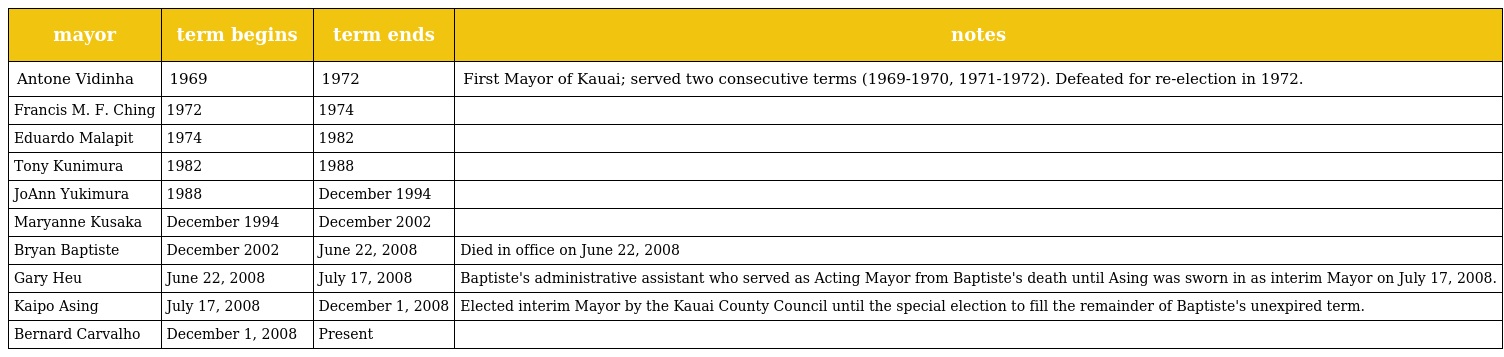
| mayor | term begins | term ends | notes |
 | --- | --- | --- | --- |
 | Antone Vidinha | 1969 | 1972 | First Mayor of Kauai; served two consecutive terms (1969-1970, 1971-1972). Defeated for re-election in 1972. |
 | Francis M. F. Ching | 1972 | 1974 |  |
 | Eduardo Malapit | 1974 | 1982 |  |
 | Tony Kunimura | 1982 | 1988 |  |
 | JoAnn Yukimura | 1988 | December 1994 |  |
 | Maryanne Kusaka | December 1994 | December 2002 |  |
 | Bryan Baptiste | December 2002 | June 22, 2008 | Died in office on June 22, 2008 |
 | Gary Heu | June 22, 2008 | July 17, 2008 | Baptiste's administrative assistant who served as Acting Mayor from Baptiste's death until Asing was sworn in as interim Mayor on July 17, 2008. |
 | Kaipo Asing | July 17, 2008 | December 1, 2008 | Elected interim Mayor by the Kauai County Council until the special election to fill the remainder of Baptiste's unexpired term. |
 | Bernard Carvalho | December 1, 2008 | Present |  |